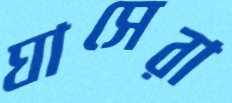
ঘাসেরা